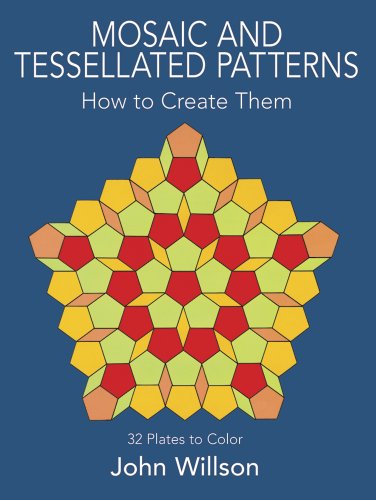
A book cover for Mosaic and Tessellated Patterns: How to Create Them, with 32 Plates to Color (Dover Art Instruction); John Willson; Arts & Photography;